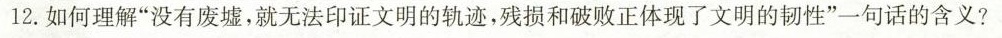
12. 如何理解”没有废墟，就无法印证文明的轨迹，残损和破败正体现了文明的韧性”一句话的含义?